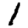
Digit: 1